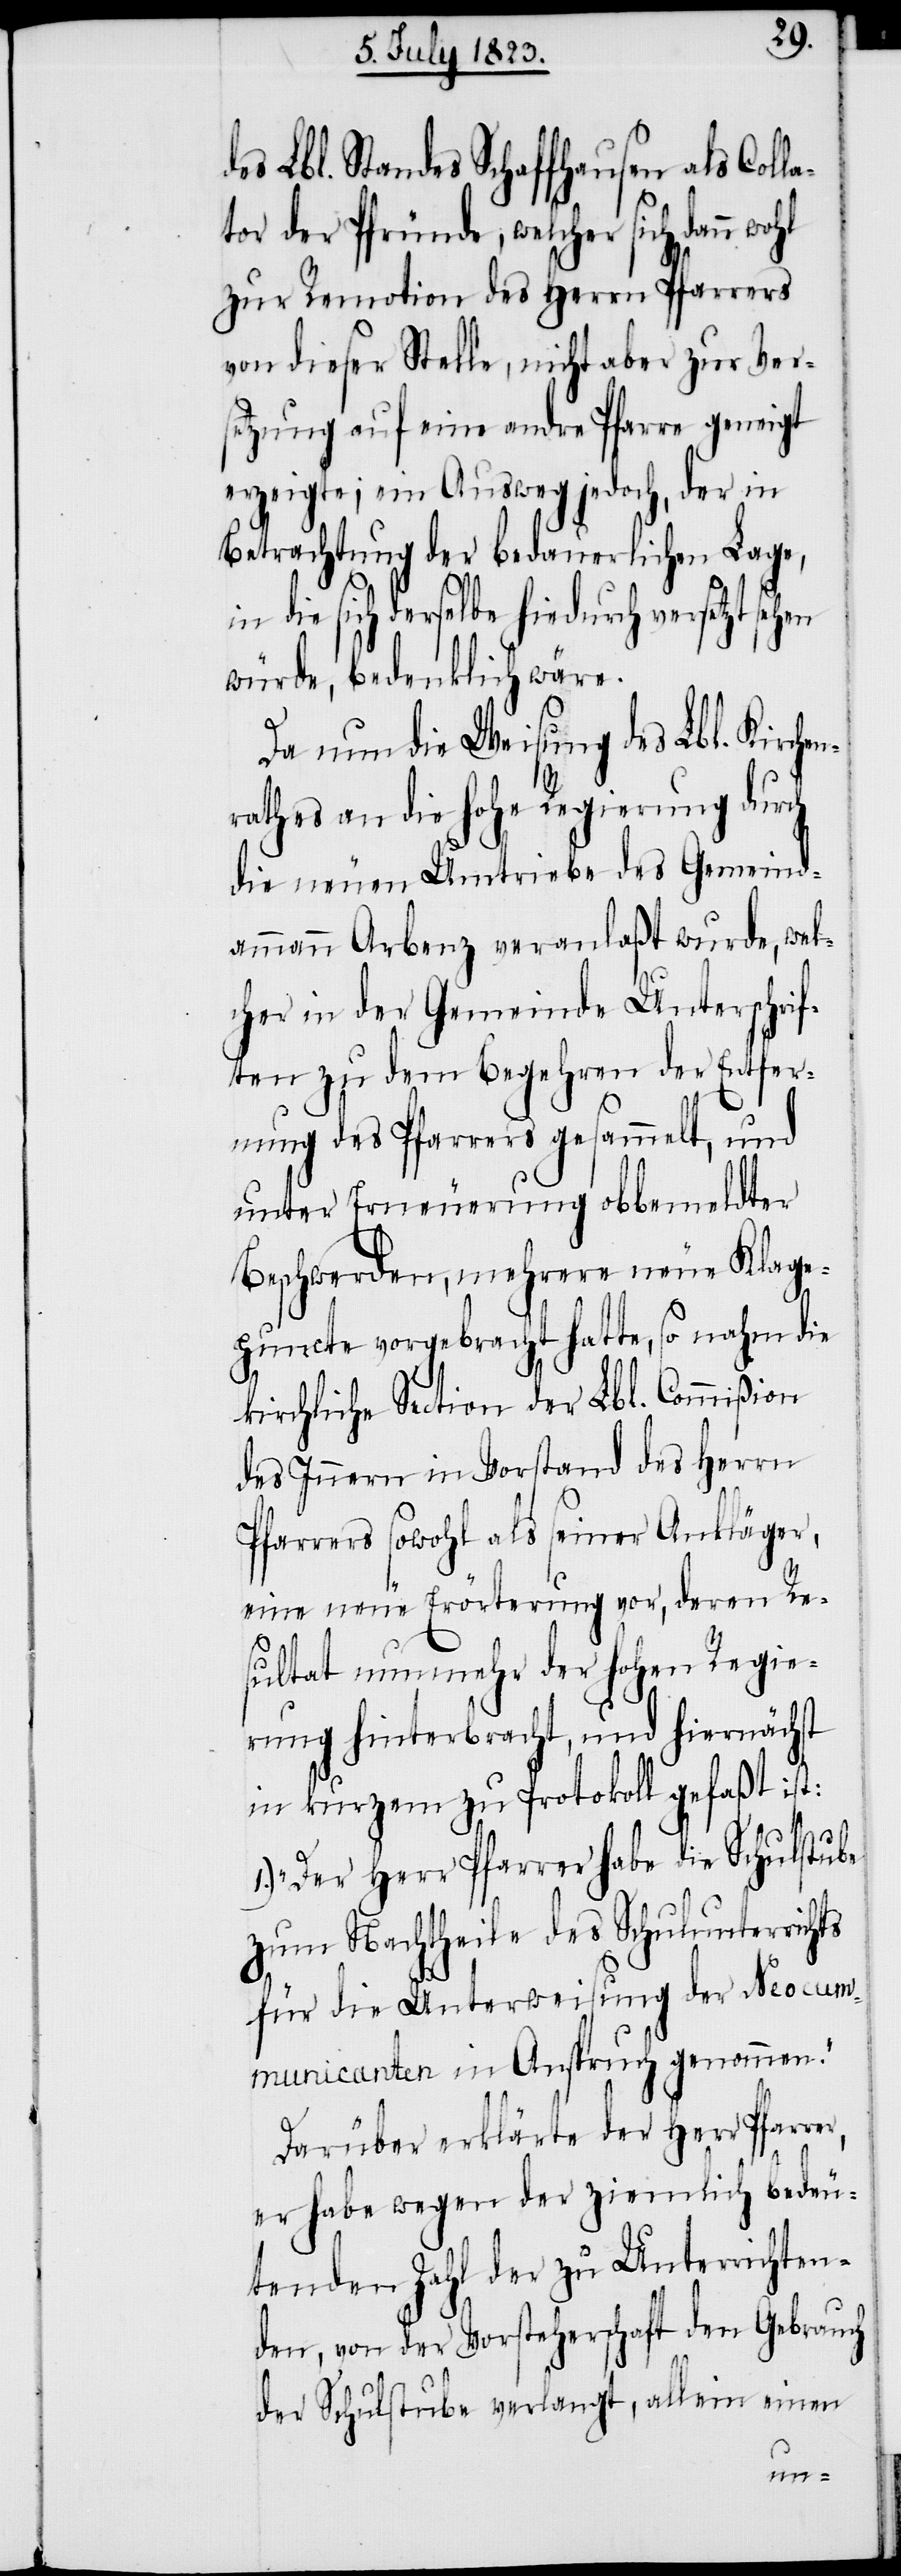
es Lbl. Standes Schaffhausen als Col¬
tor der Pfründe, welcher sich dann
zur Remotion des Herrn Pfarrers
von dieser Stelle, nicht aber zur Ver¬
setzung auf eine andre Pfarre geneigt
erzeigte; ein Ausweg jedoch, der in
Betrachtung der bedauerlichen Lage,
in die sich derselbe hiedurch versetzt sehen
würde, bedenklich wäre.
Da nun die Weisung des Lbl. Kirche¬
nrathes an die hohe Regierung durch
die neuen Umtriebe des Gemeind¬
nn Arbenz veranlaßt wurde, wel¬
cher in der Gemeinde Unterschrif¬
ten zu dem Begehren der Entfer¬
nung des Pfarrers gesammelt, und
unter Erneuerung obbemeldter
Beschwerden, mehrere neue Klage¬
puncte vorgebracht hatte, so nahm die
kirchliche Section der Lbl. Commißion
des Innern in Vorstand des Herrn
Pfarrers sowohl als seiner Ankläger,
eine neue Erörterung vor, deren Re¬
er,
sultat nunmehr der hohen Regie¬
rung hinterbracht, und hiernächst
in kurzem zu Protokoll gefaßt ist:
1.) „Der Herr Pfarrer habe die Schulstube
zum Nachtheile des Schulunterrichts
für die Unterweisung der Neocum¬
municanten in Anspruch genommen.“
Darüber erklärte der Herr Pfarr¬
er habe wegen der ziemlich bedeu¬
tenden Zahl der zu Unterrichten¬
den, von der Vorsteherschaft den Gebrauch
der Schulstube verlangt, allein einen
amma¬